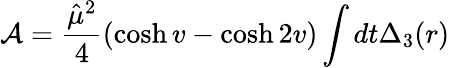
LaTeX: {\cal A}=\frac{\hat{\mu}^{2}}{4}\left(\cosh v-\cosh 2v\right)\int dt\Delta_{3}(r)